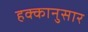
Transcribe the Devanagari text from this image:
हक्कानुसार